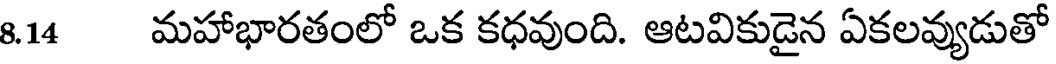
8.14 మహాభారతంలో ఒక కధవుంది. ఆటవికుడైన ఏకలవ్యుడుతో